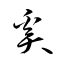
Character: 奚